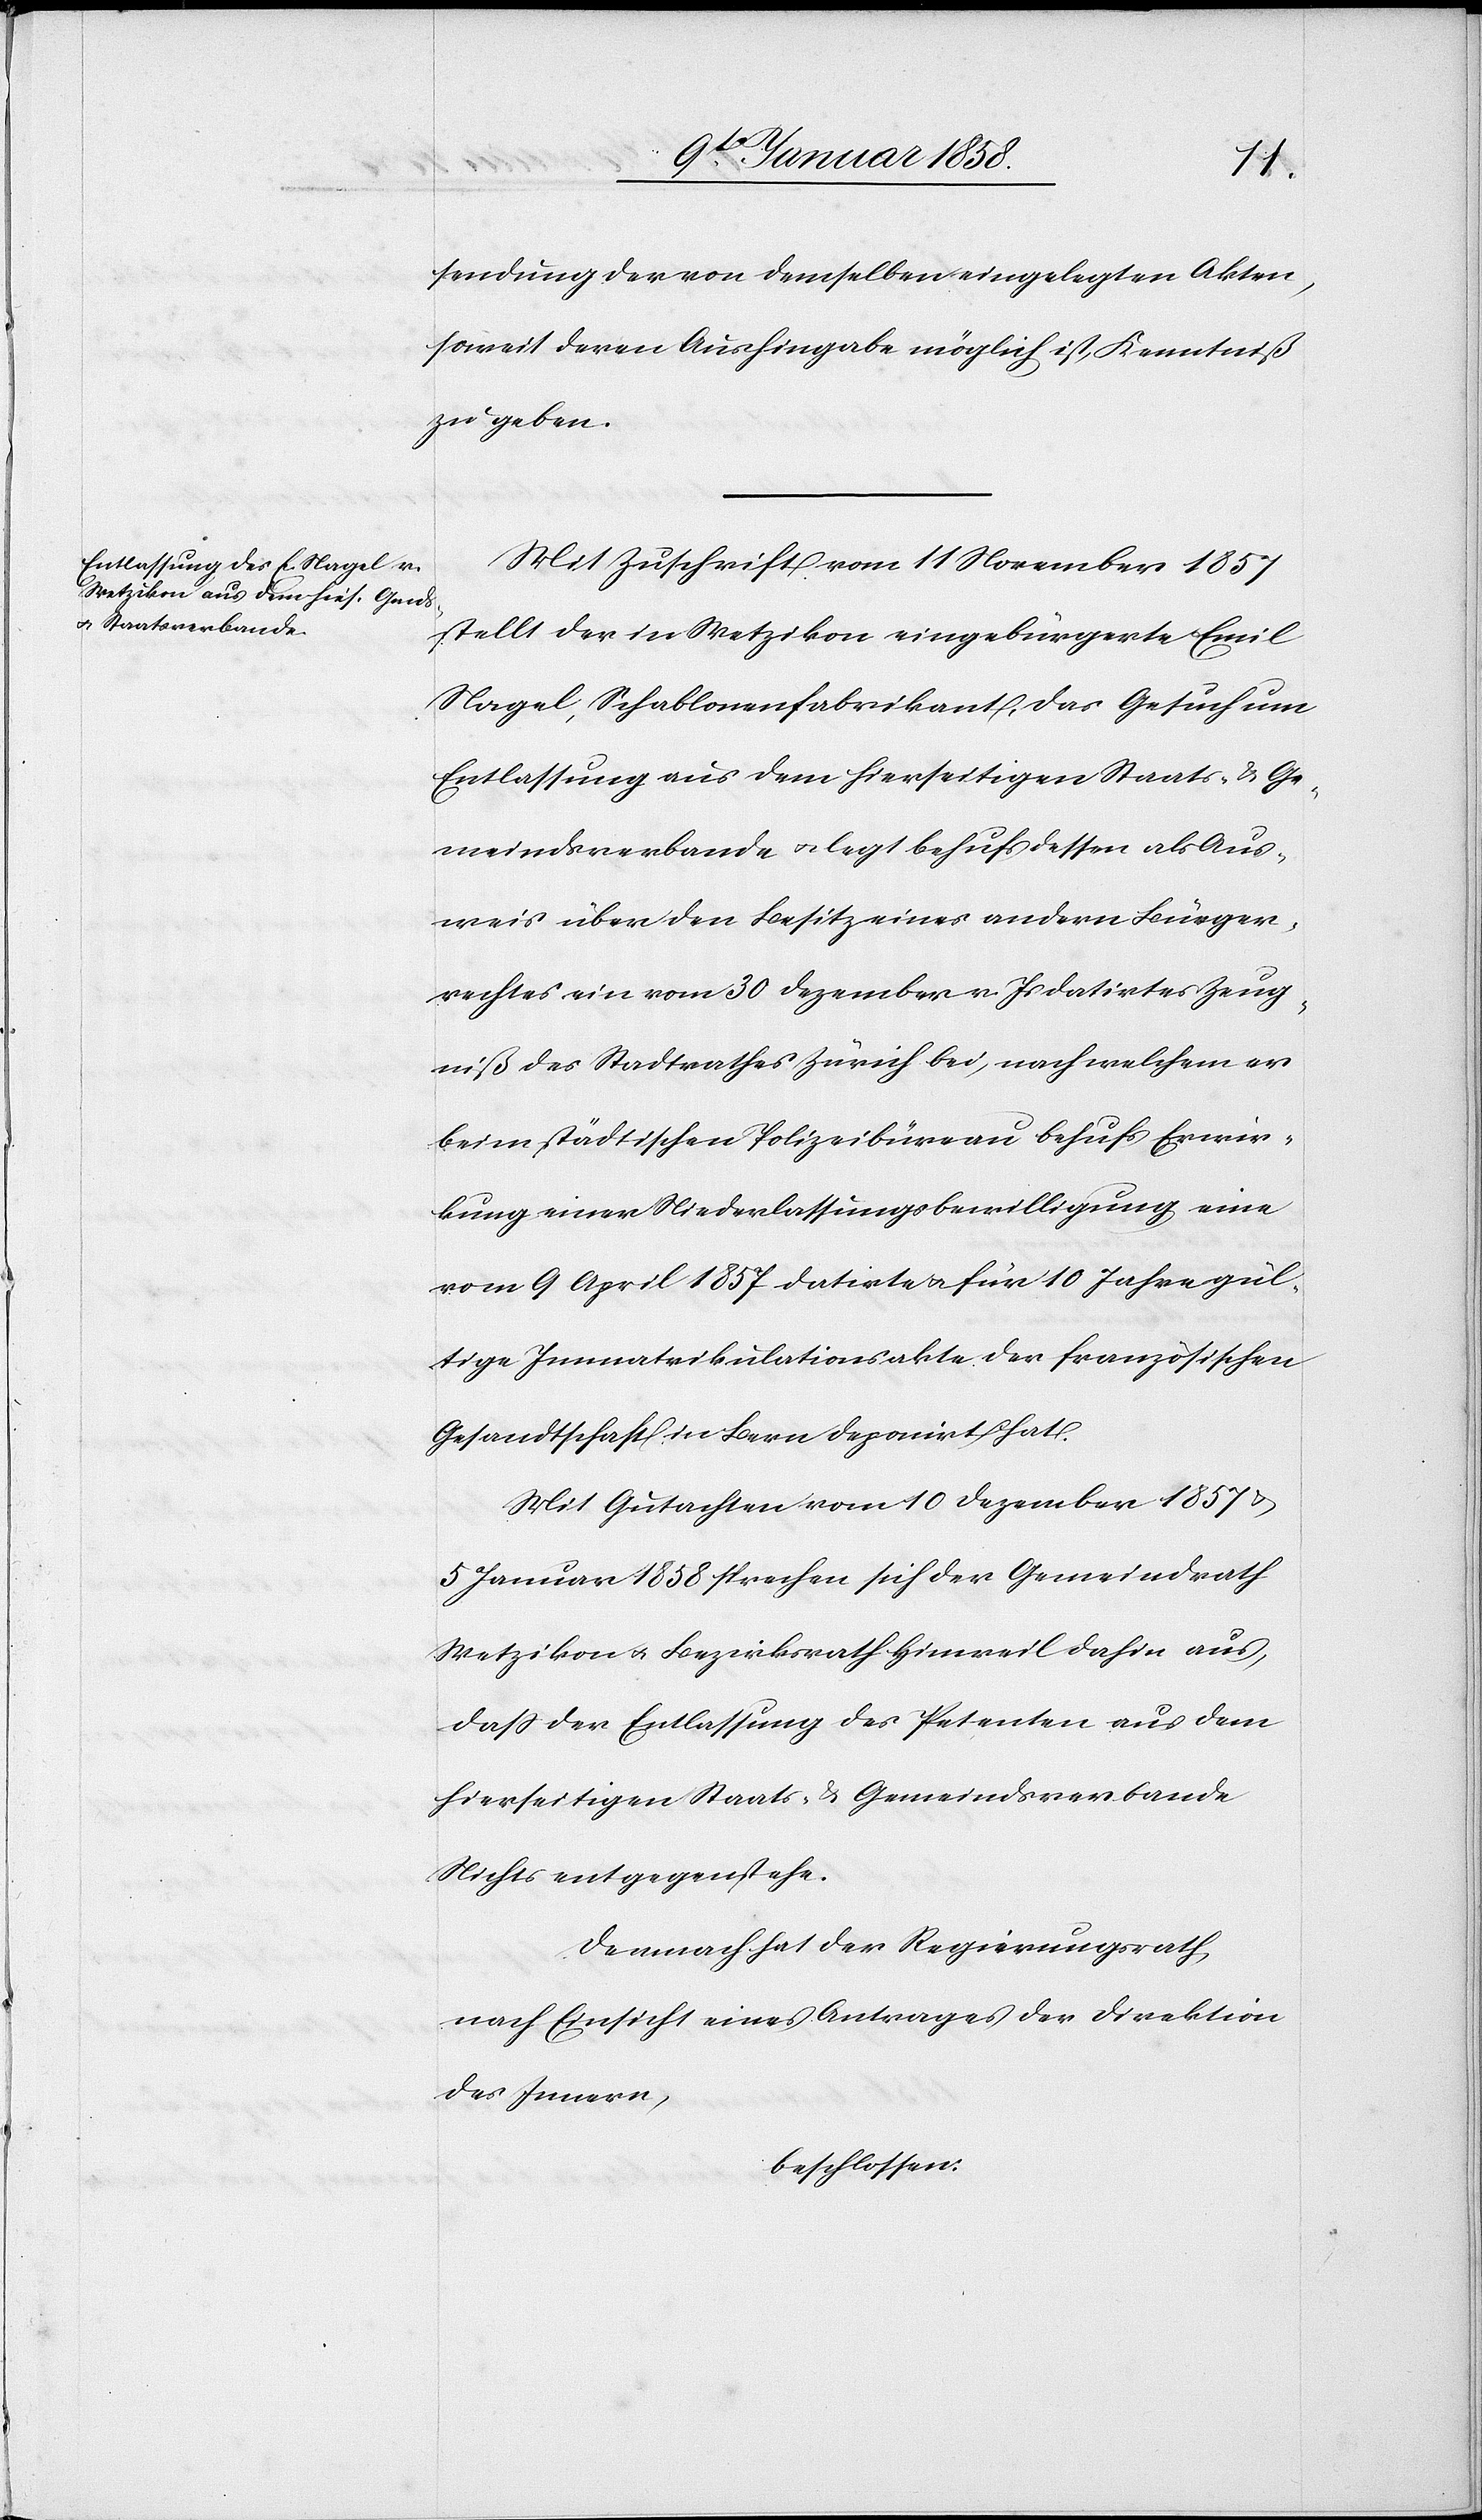
sendung der von demselben eingelegten Akten,
soweit deren Aushingabe möglich ist, Kenntniß
zu geben.
Mit Zuschrift vom 11 November 1857
stellt der in Wetzikon eingebürgerte Emil
Nagel, Schablonenfabrikant, das Gesuch um
Entlassung aus dem hierseitigen Staats- u. Ge¬
meindsverbande u. legt behufs dessen als Aus¬
weis über den Besitz eines andern Bürger¬
rechtes ein vom 30 Dezember v. Js datirtes Zeug¬
niß des Stadtrathes Zürich bei, nach welchem er
beim städtischen Polizeibüreau behufs Erwir¬
kung einer Niederlassungsbewilligung eine
vom 9 April 1857 datirte u. für 10 Jahre gül¬
tige Immatrikulationsakte der französischen
Gesandtschaft in Bern deponirt hat.
Mit Gutachten vom 10 Dezember 1857 u.
5 Januar 1858 sprechen sich der Gemeindrath
Wetzikon u. Bezirksrath Hinweil dahin aus,
daß der Entlassung des Petenten aus dem
hierseitigen Staats- u. Gemeindsverbande
Nichts entgegenstehe.
Demnach hat der Regierungsrath,
nach Einsicht eines Antrages der Direktion
des Innern,
beschlossen: